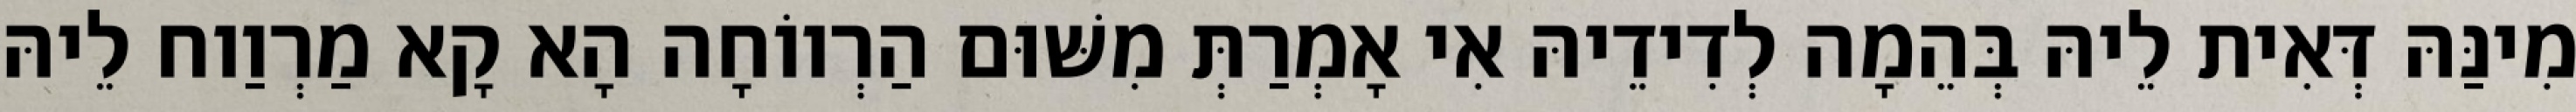
מִינַּהּ דְּאִית לֵיהּ בְּהֵמָה לְדִידֵיהּ אִי אָמְרַתְּ מִשּׁוּם הַרְווֹחָה הָא קָא מַרְוַוח לֵיהּ